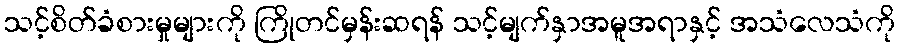
သင့်စိတ်ခံစားမှုများကို ကြိုတင်မှန်းဆရန် သင့်မျက်နှာအမူအရာနှင့် အသံလေသံကို